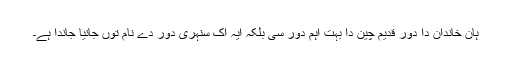
ہان خاندان دا دور قدیم چین دا بہت اہم دور سی بلکہ ایہ اک سنہری دور دے نام توں جانیا جاندا ہے۔